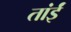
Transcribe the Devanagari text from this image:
तांईं